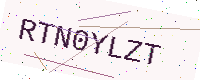
Text: RTN0YLZT